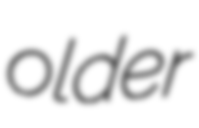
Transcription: older